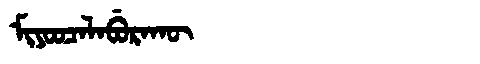
Manchu: ᠮᡳᠶᠣᠣᠴᠠᠯᠠᠪᡠᡵᠠᡴᡡ
Romanization: MIYOOCALABURAKŪ